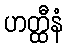
ဟတ္ထီနံ